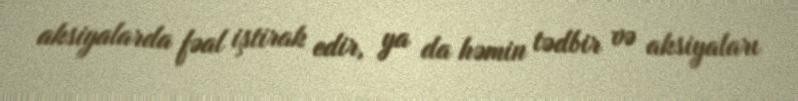
aksiyalarda fəal iştirak edir, ya da həmin tədbir və aksiyaları